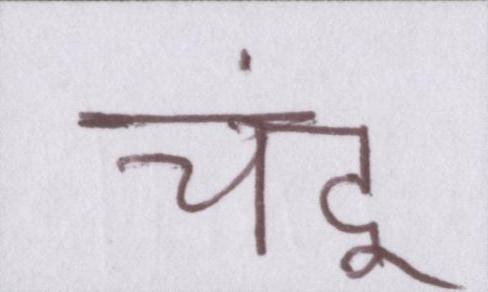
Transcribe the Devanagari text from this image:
चंदू